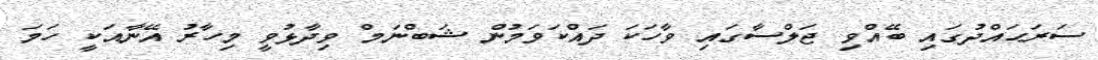
ސަރަޙައްދުގައި ބޭއްވި ޖަލްސާގައި ވާހަކަ ދައްކަވަމުން ޝަބްނަމް ވިދާޅުވީ މިހާރު އޭނާއަކީ ހަމަ